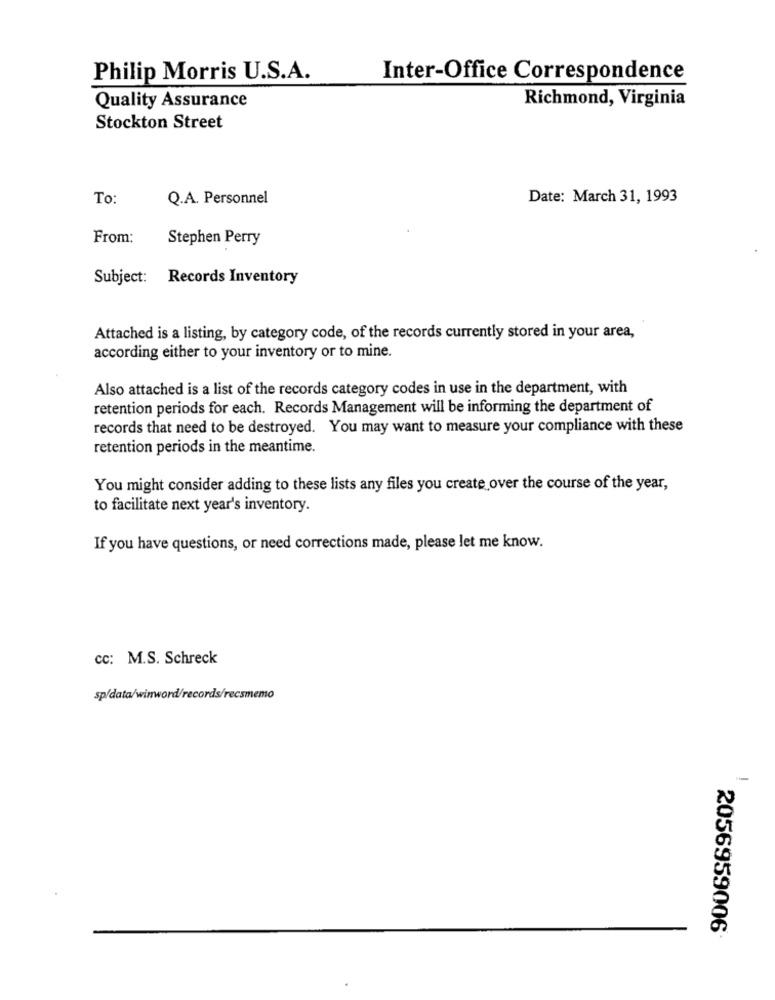
Philip Morris U.S.A.
Inter-Office Correspondence
Richmond, Virginia
Quality Assurance
Stockton Street
To:
Q.A. Personnel
Date: March 31, 1993
From:
Stephen Perry
Subject: Records Inventory
Attached is a listing, by category code, of the records currently stored in your area,
according either to your inventory or to mine.
Also attached is a list of the records category codes in use in the department, with
retention periods for each. Records Management will be informing the department of
records that need to be destroyed. You may want to measure your compliance with these
retention periods in the meantime.
You might consider adding to these lists any files you create over the course of the year,
to facilitate next year's inventory.
If you have questions, or need corrections made, please let me know.
cc: M.S. Schreck
sp/data/winword/records/recsmemo
2056959006